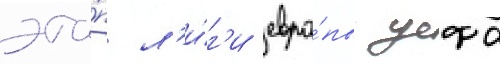
эта́п л'и́г'и евро́пы уефа